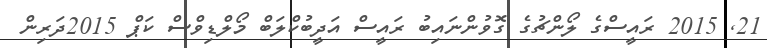
21